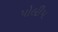
પોલીપ